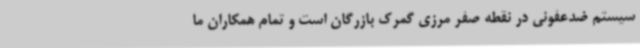
سیستم ضدعفونی در نقطه صفر مرزی گمرک بازرگان است و تمام همکاران ما